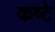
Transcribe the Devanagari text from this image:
कष्टे